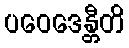
ပဝေဒေန္တီတိ